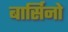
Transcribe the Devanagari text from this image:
बार्सिनो